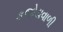
કજોડાવાળી